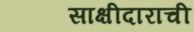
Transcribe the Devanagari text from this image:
साक्षीदाराची